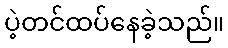
ပဲ့တင်ထပ်နေခဲ့သည်။